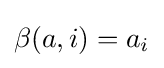
\beta (a,i)=a_{i}